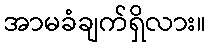
အာမခံချက်ရှိလား။